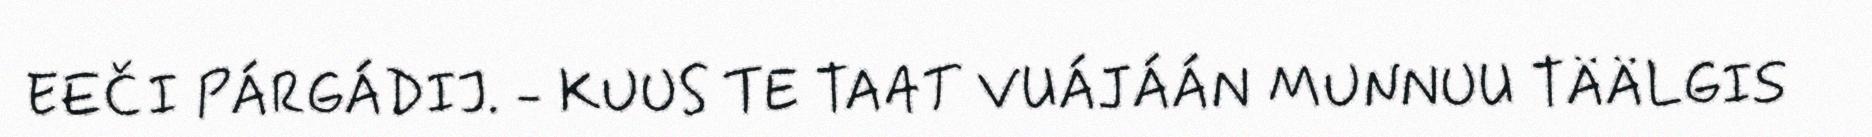
EEČI PÁRGÁDIJ. - KUUS TE TAAT VUÁJÁÁN MUNNUU TÄÄLGIS